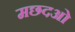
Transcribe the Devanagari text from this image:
मछदओ